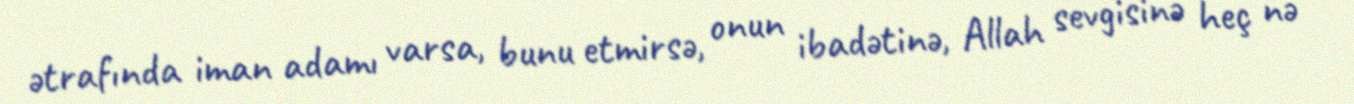
ətrafında iman adamı varsa, bunu etmirsə, onun ibadətinə, Allah sevgisinə heç nə